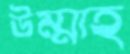
উম্মাহ